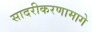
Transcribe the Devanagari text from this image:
सादरीकरणामागे